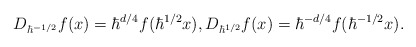
\begin{align*}D_{\hbar^{-1/2}} f(x)=\hbar^{d/4} f(\hbar^{1/2} x),D_{\hbar^{1/2}} f(x)=\hbar^{-d/4} f(\hbar^{-1/2}x).\end{align*}